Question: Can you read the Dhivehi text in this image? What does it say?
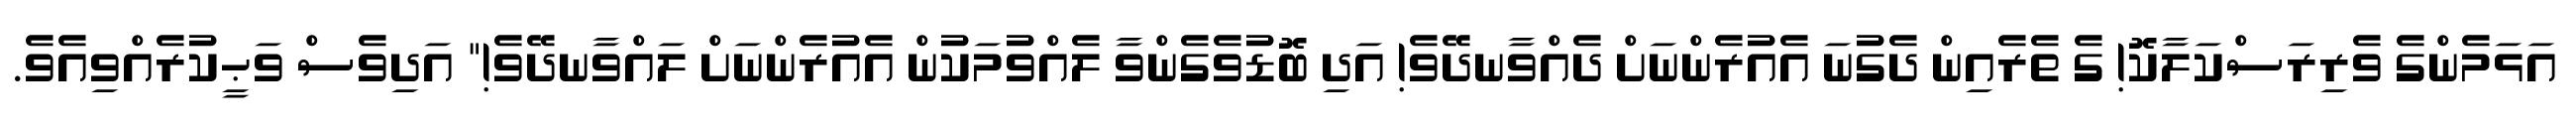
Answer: އަޅަމެންގެ ވެރިރަސްކަލާކޮ! ގެ ތެރެއިން ދެގުނަ އެއުރެންނަށް ދެއްވާނދޭވެ! އަދި ބޮޑުވެގެންވާ ލެއްވުމަކުން އެއުރެންނަށް ލައްވާނދޭވެ!" އަދިވެސް ވަޙީކުރެއްވިއެވެ.